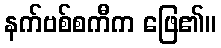
နက်ဗစ်စကီက ဖြေ၏။